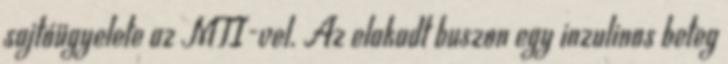
sajtóügyelete az MTI-vel. Az elakadt buszon egy inzulinos beteg